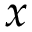
x